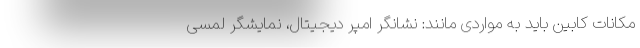
مکانات کابین باید به مواردی مانند: نشانگر امپر دیجیتال، نمایشگر لمسی